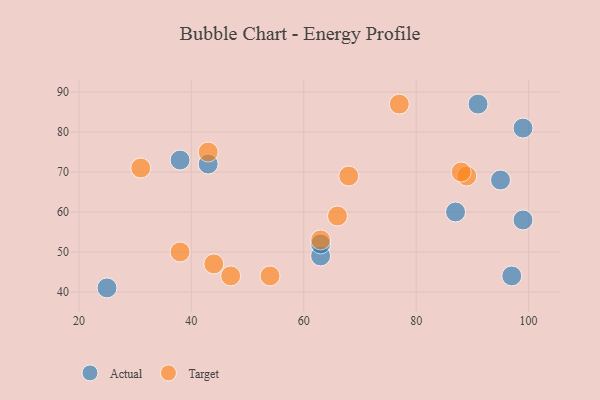
{"axis": {"x": "GDP", "y": "Life Expectancy"}, "legend": ["Actual", "Target"], "data": [{"x": "99", "y": 58, "type": "Actual"}, {"x": "25", "y": 41, "type": "Actual"}, {"x": "95", "y": 68, "type": "Actual"}, {"x": "43", "y": 72, "type": "Actual"}, {"x": "87", "y": 60, "type": "Actual"}, {"x": "97", "y": 44, "type": "Actual"}, {"x": "38", "y": 73, "type": "Actual"}, {"x": "91", "y": 87, "type": "Actual"}, {"x": "63", "y": 49, "type": "Actual"}, {"x": "99", "y": 81, "type": "Actual"}, {"x": "63", "y": 52, "type": "Actual"}, {"x": "89", "y": 69, "type": "Target"}, {"x": "44", "y": 47, "type": "Target"}, {"x": "88", "y": 70, "type": "Target"}, {"x": "43", "y": 75, "type": "Target"}, {"x": "47", "y": 44, "type": "Target"}, {"x": "54", "y": 44, "type": "Target"}, {"x": "38", "y": 50, "type": "Target"}, {"x": "66", "y": 59, "type": "Target"}, {"x": "63", "y": 53, "type": "Target"}, {"x": "77", "y": 87, "type": "Target"}, {"x": "68", "y": 69, "type": "Target"}, {"x": "31", "y": 71, "type": "Target"}]}